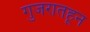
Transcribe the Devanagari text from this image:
गुजरातहून